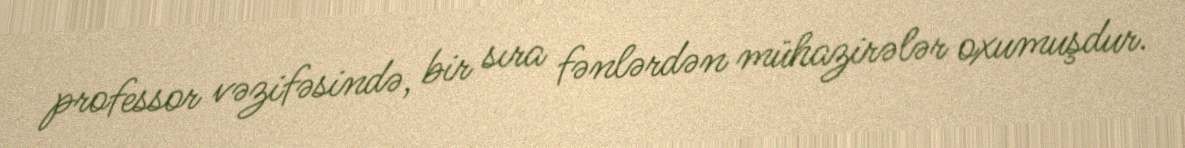
professor vəzifəsində, bir sıra fənlərdən mühazirələr oxumuşdur.